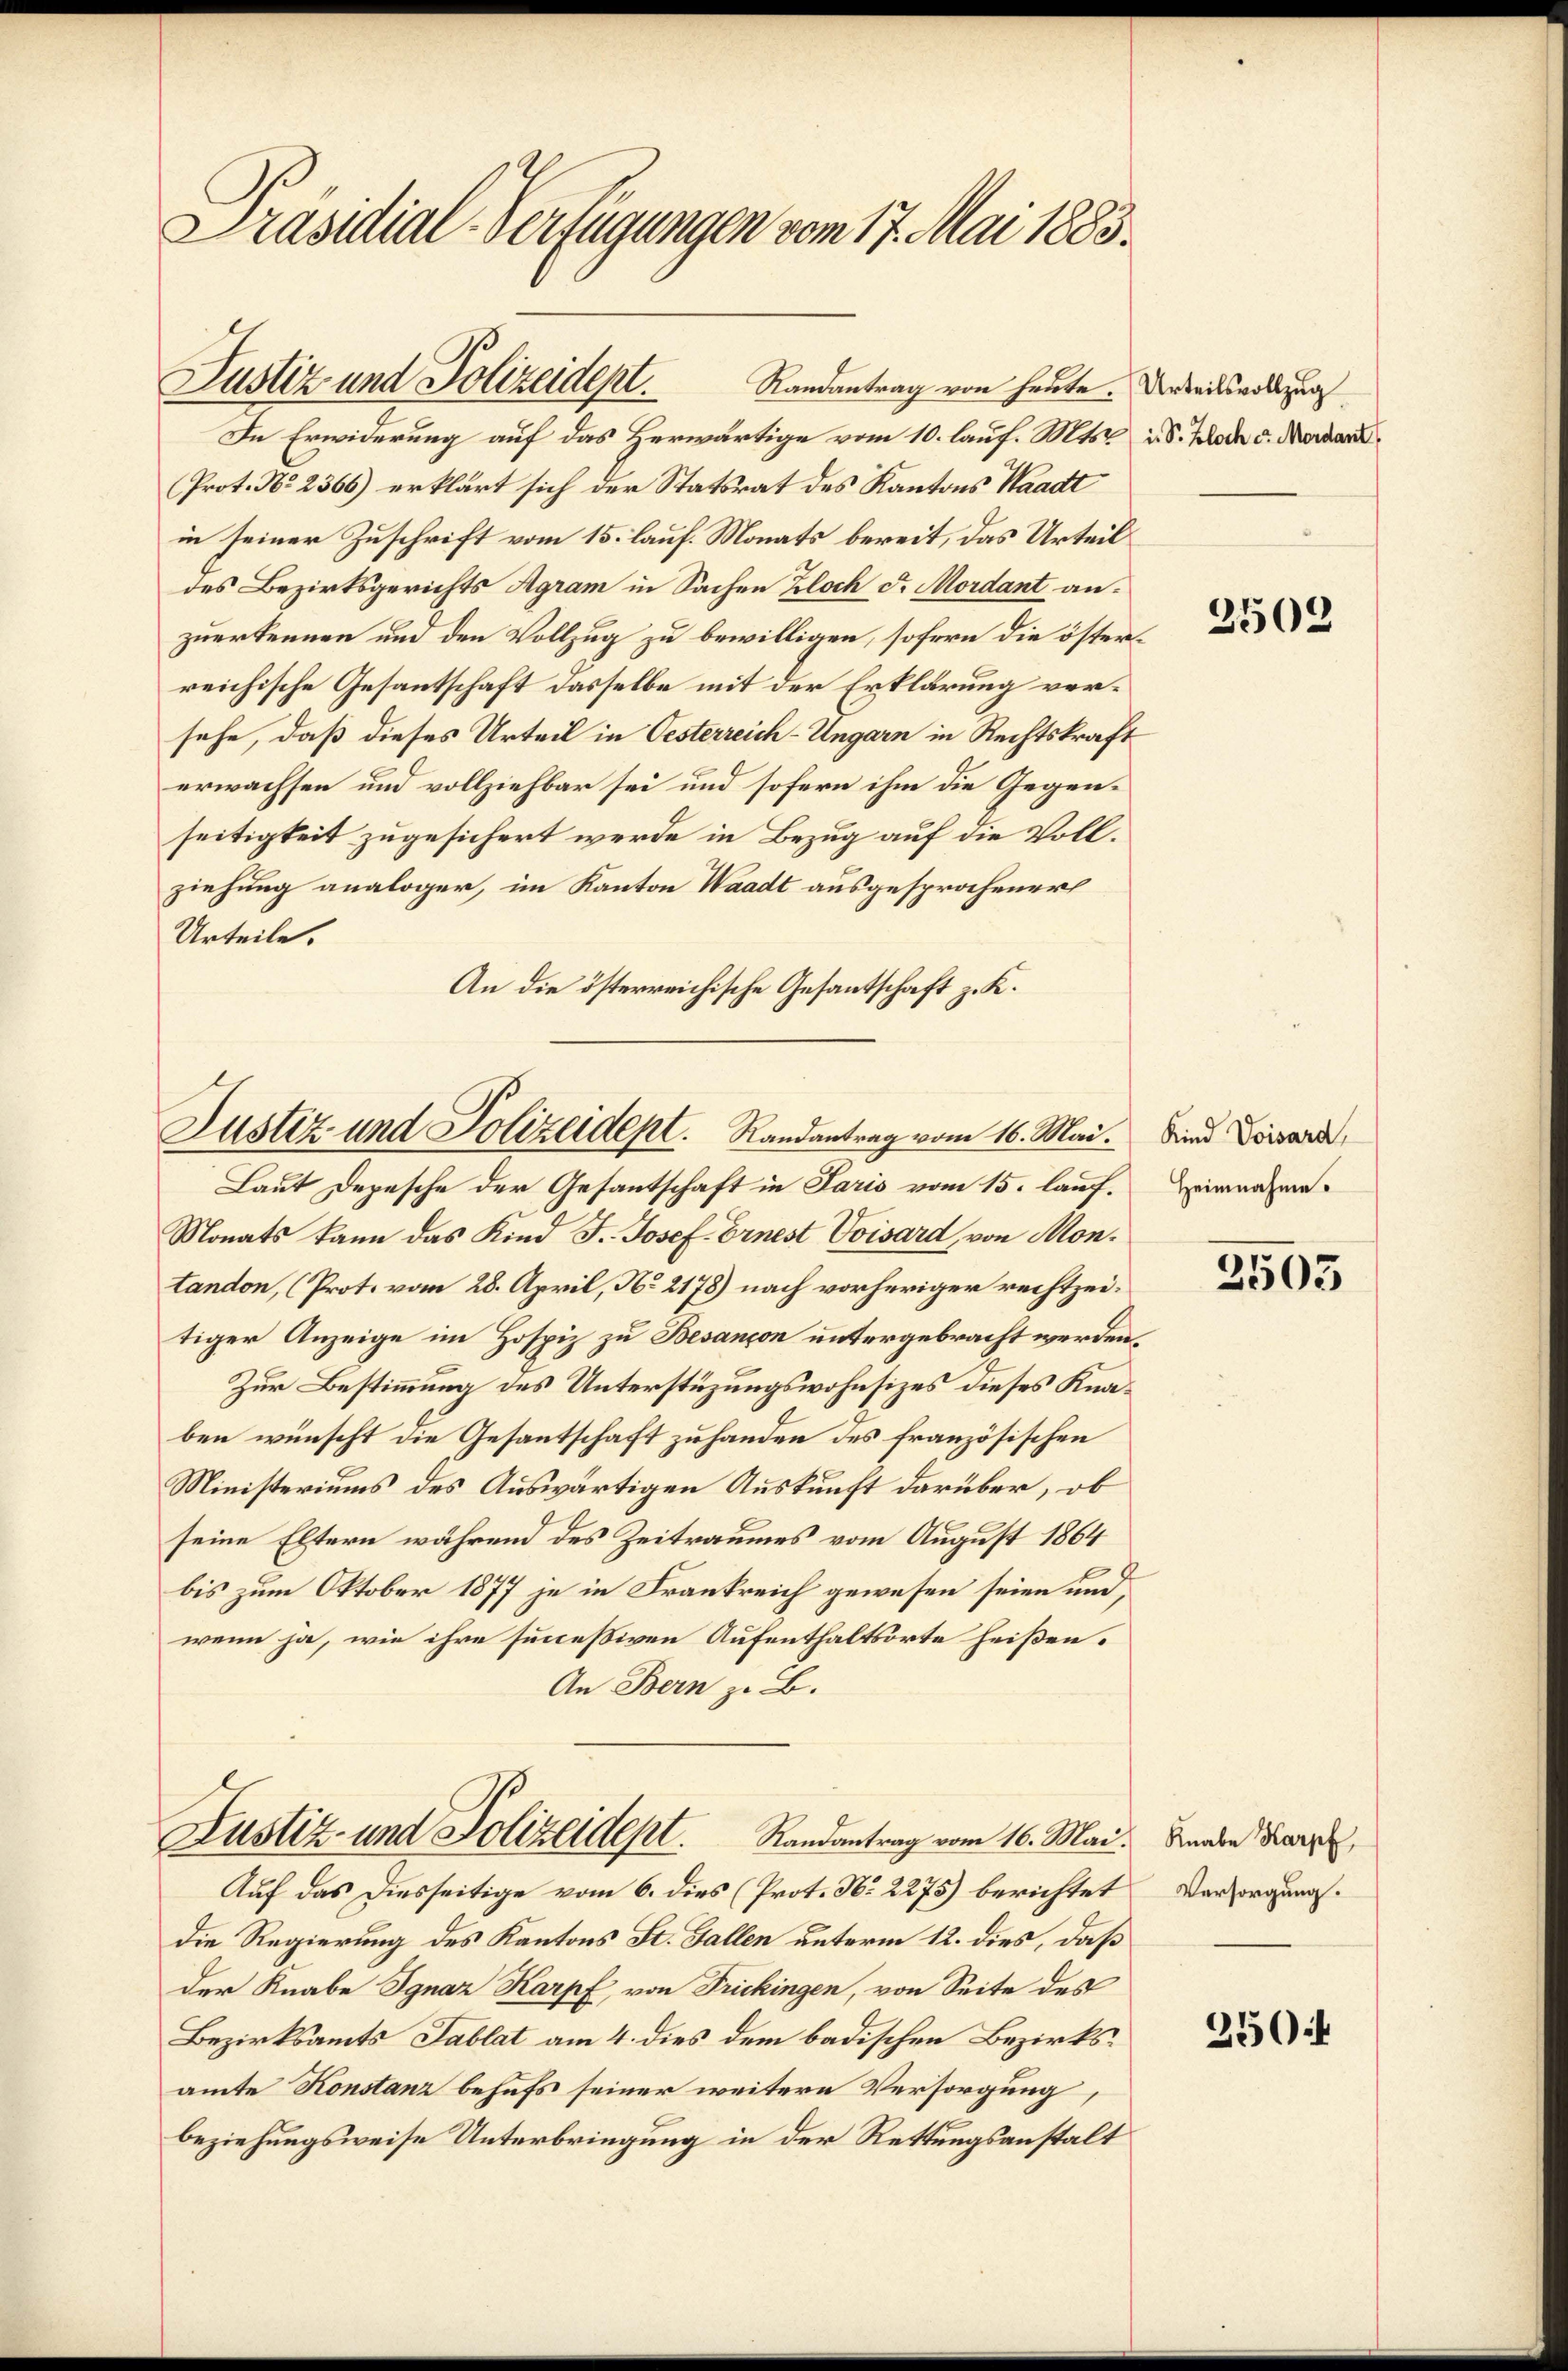
Präsidial-Verfügungen vom 17. Mai 1883.

Justiz und Polizeidept.
Randantrag von heute. Urteilsvollzug

In Erwiderung auf das Herwärtige vom 10. lauf. Mts. u. S. Bloch d. Mordar
Prot. No 2366) erklärt sich der Statsrat des Kantons Waadt
in seiner Zuschrift vom 15. lauf. Monats bereit, das Urteil
des Bezirksgerichts Agram in Sachen Bloch d. Mordant anzuerkennen und den Vollzug zu bewilligen, sofern die österreichische Gesantschaft dasselbe mit der Erklärung versehe, daß dieses Urteil in Oesterreich-Ungarn in Rechtskraft
erwachsen und vollziehbar sei und sofern ihm die Gegenseitigkeit zugesichert werde in Bezug auf die Vollziehung analoger, im Kanton Waadt ausgesprochener
Urteile.
An die österreichische Gesantschaft z. K.

Justiz und Polizeident. Randantrag vom 16. Mai. Sind Loisard,

Laut Depesche der Gesantschaft in Paris vom 15. lauf¬
Monats kann das Kind F. Josef Ernest Voisard, von Montandon, (Prot. vom 28. April, No 2178) nach vorheriger rechtzeitiger Anzeige im Hospiz zu Besançon untergebracht werden.
Zur Bestimmung des Unterstüzungswohnsizes dieses Knaben wünscht die Gesantschaft zu handen des französischen
Ministeriums des Auswärtigen Auskunft darüber, ob
seine Eltern während des Zeitraumes vom August 1864
bis zum Oktober 1877 je in Frankreich gewesen seien und
wenn ja, wie ihre succeßiven Aufenthaltsorte heißen.
An Bern z. B.
Justiz- und Polizeident.
Randantrag vom 16. Mai.
Auf das Diesseitige vom 6. dies (Prot. No 2275) berichtet
Die Regierung des Kantons St. Gallen unterm 12. dies, daß
der Knabe Ignaz Karpf, von Frickingen, von Seite des
Bezirksamts Tablat am 4. dies dem badischen Bezirksamte Konstanz behufs seiner weitere Versorgung
beziehungsweise Unterbringung in der Rettungsanstalt

2502

Heimnahme.

2503

Knabe Karpf
Versorgung.

250f